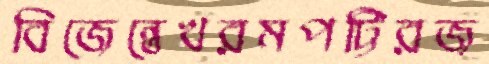
বিজেন্তেখরমপট্টিরজ